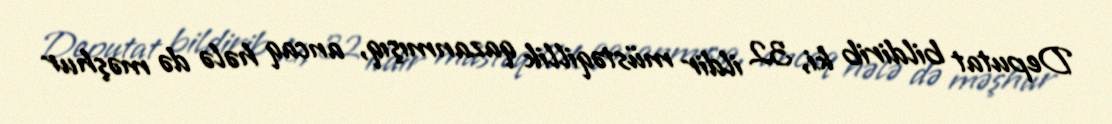
Deputat bildirib ki, 32 ildir müstəqillik qazanmışıq, ancaq hələ də məşhur